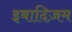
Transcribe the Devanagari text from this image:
इबादिज़म